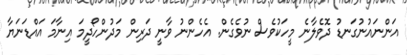
އަންނައުނުގަނޑު ދޮވެލާނެ މީހަކުވެސް ނުވެގެން. އެހެންނު ވާނީ ދަރިން މަދުންހޯދީމަ އިނާމަ އައްޑަނަޔާ